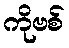
ကိုဗစ်